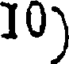
10)